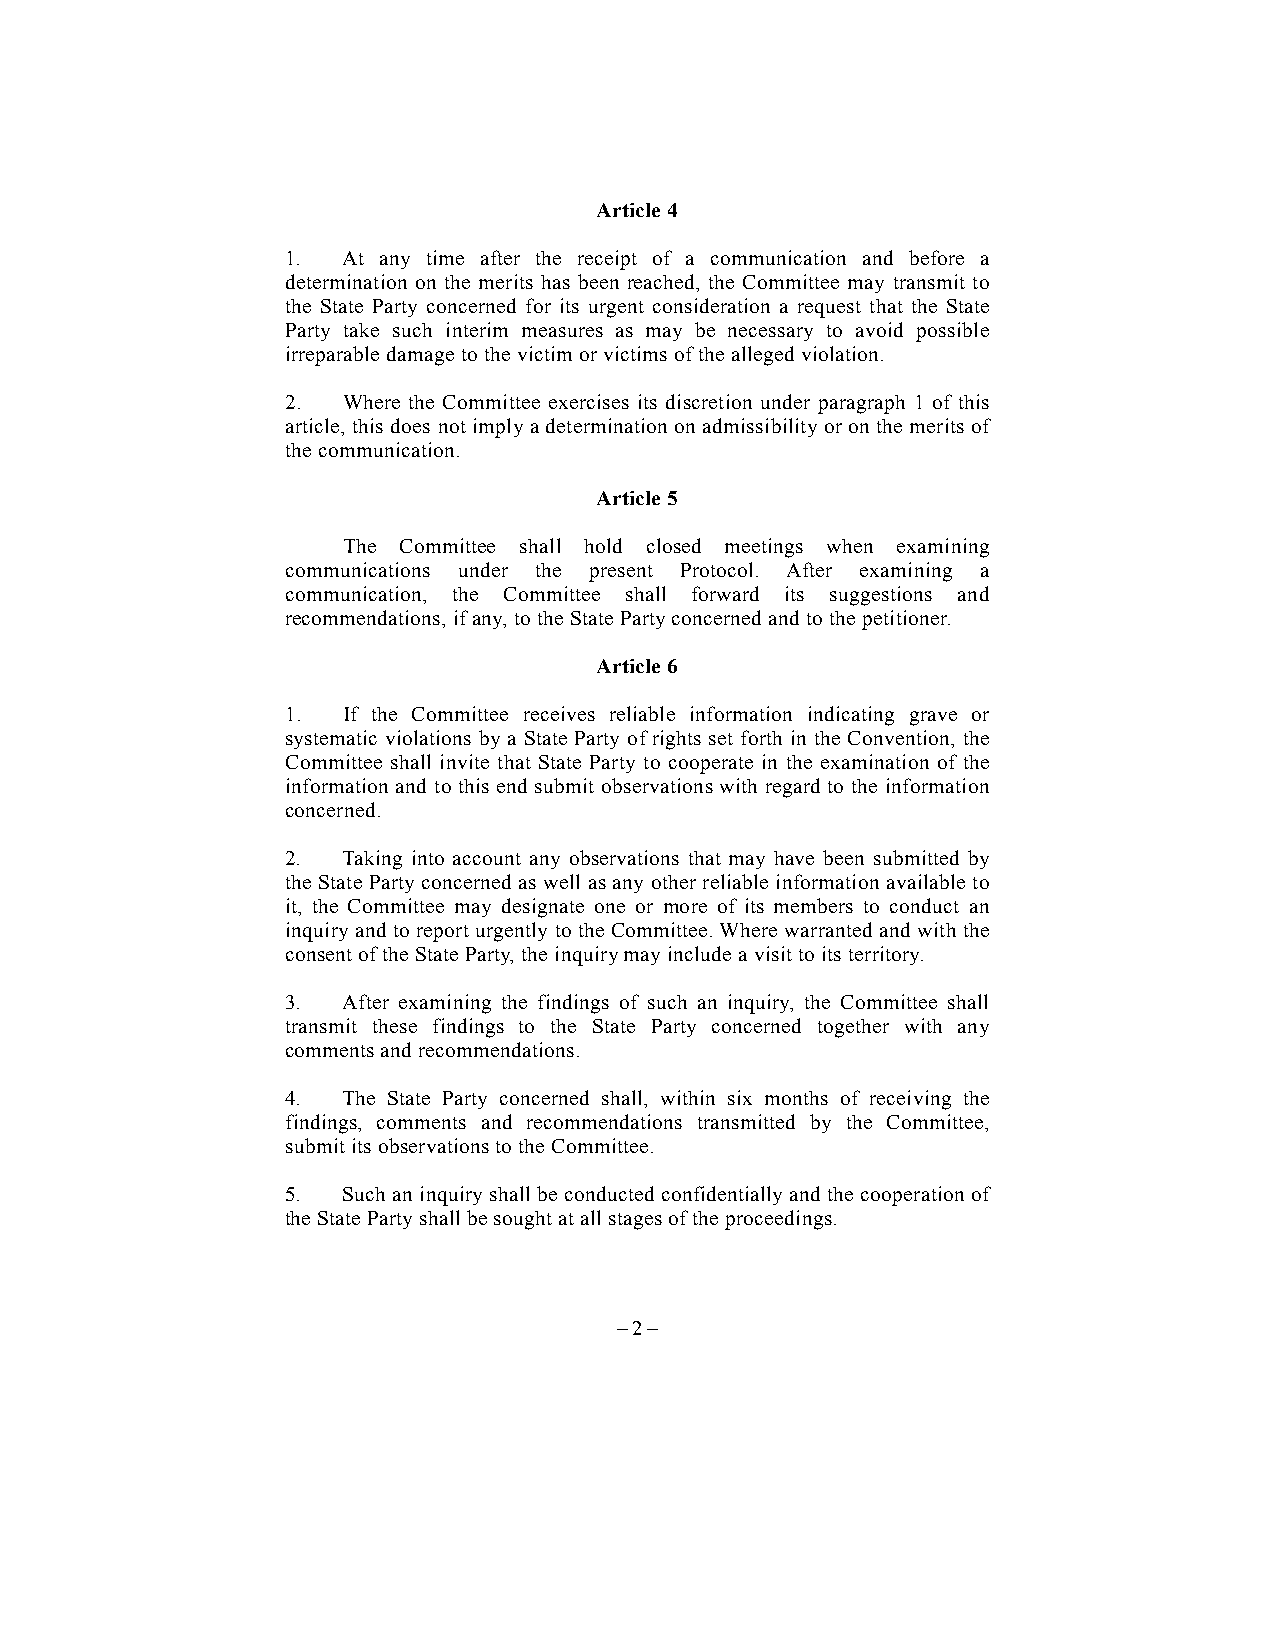
Article 4
 1.  At any time after the receipt of a communication and before a
 determination on the merits has been reached, the Committee may transmit to
 the State Party concerned for its urgent consideration a request that the State
 Party take such interim measures as may be necessary to avoid possible
 irreparable damage to the victim or victims of the alleged violation.
 2.  Where the Committee exercises its discretion under paragraph 1 of this
 article, this does not imply a determination on admissibility or on the merits of
 the communication.
 Article 5
 The Committee shall hold closed meetings when examining
 communications under the present Protocol. After examining a
 communication, the Committee shall forward its suggestions and
 recommendations, if any, to the State Party concerned and to the petitioner.
 Article 6
 1.  If the Committee receives reliable information indicating grave or
 systematic violations by a State Party of rights set forth in the Convention, the
 Committee shall invite that State Party to cooperate in the examination of the
 information and to this end submit observations with regard to the information
 concerned.
 2.  Taking into account any observations that may have been submitted by
 the State Party concerned as well as any other reliable information available to
 it, the Committee may designate one or more of its members to conduct an
 inquiry and to report urgently to the Committee. Where warranted and with the
 consent of the State Party, the inquiry may include a visit to its territory.
 3.  After examining the findings of such an inquiry, the Committee shall
 transmit these findings to the State Party concerned together with any
 comments and recommendations.
 4.  The State Party concerned shall, within six months of receiving the
 findings, comments and recommendations transmitted by the Committee,
 submit its observations to the Committee.
 5.  Such an inquiry shall be conducted confidentially and the cooperation of
 the State Party shall be sought at all stages of the proceedings.
 – 2 –